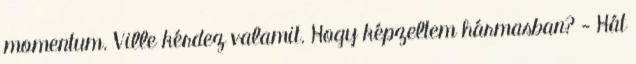
momentum. Ville kérdez valamit. Hogy képzeltem hármasban? - Hát